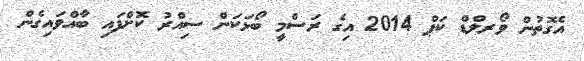
އެގޮތުން ވޯރލްޑް ކަޕް 2014 އިގެ ރަސްމީ ބޯޅަކަން ސިއްރު ކޮށްފައި ބާއްވައިގެން